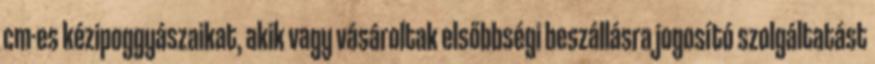
cm-es kézipoggyászaikat, akik vagy vásároltak elsőbbségi beszállásra jogosító szolgáltatást